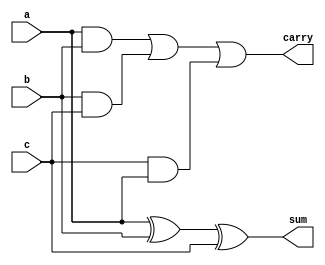
module full_adder(a,b,c,sum,carry);
input a,b,c;
output sum,carry;
assign sum = a^b^c;
assign carry = (a&b)|(b&c)|(c&a);
endmodule